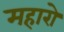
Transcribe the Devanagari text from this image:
महारो